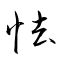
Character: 怯